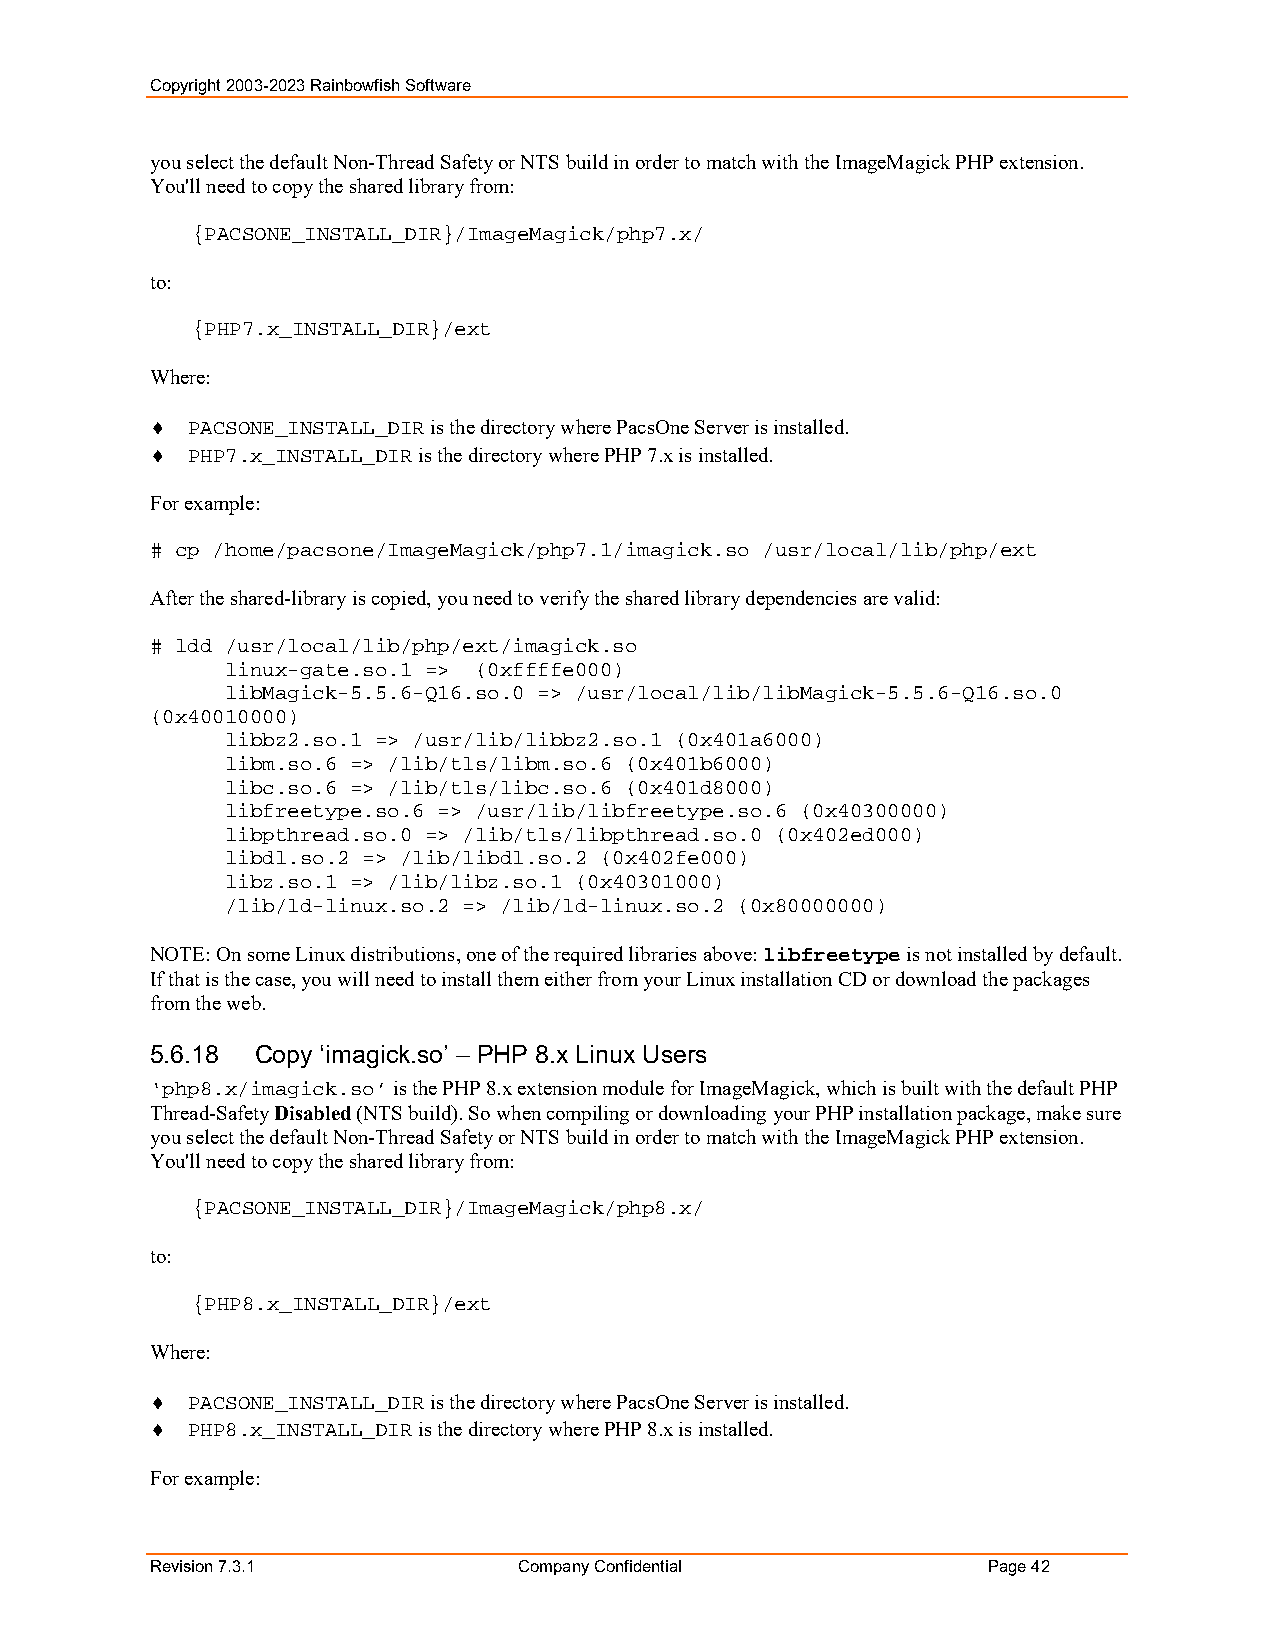
Copyright 2003-2023 Rainbowfish Software
 you select the default Non-Thread Safety or NTS build in order to match with the ImageMagick PHP extension.
 You'll need to copy the shared library from:
 {PACSONE_INSTALL_DIR}/ImageMagick/php7.x/
 to:
 {PHP7.x_INSTALL_DIR}/ext
 Where:
  PACSONE_INSTALL_DIR is the directory where PacsOne Server is installed.
  PHP7.x_INSTALL_DIR is the directory where PHP 7.x is installed.
 For example:
 # cp /home/pacsone/ImageMagick/php7.1/imagick.so /usr/local/lib/php/ext
 After the shared-library is copied, you need to verify the shared library dependencies are valid:
 # ldd /usr/local/lib/php/ext/imagick.so
 linux-gate.so.1 => (0xffffe000)
 libMagick-5.5.6-Q16.so.0 => /usr/local/lib/libMagick-5.5.6-Q16.so.0
 (0x40010000)
 libbz2.so.1 => /usr/lib/libbz2.so.1 (0x401a6000)
 libm.so.6 => /lib/tls/libm.so.6 (0x401b6000)
 libc.so.6 => /lib/tls/libc.so.6 (0x401d8000)
 libfreetype.so.6 => /usr/lib/libfreetype.so.6 (0x40300000)
 libpthread.so.0 => /lib/tls/libpthread.so.0 (0x402ed000)
 libdl.so.2 => /lib/libdl.so.2 (0x402fe000)
 libz.so.1 => /lib/libz.so.1 (0x40301000)
 /lib/ld-linux.so.2 => /lib/ld-linux.so.2 (0x80000000)
 NOTE: On some Linux distributions, one of the required libraries above: libfreetype is not installed by default.
 If that is the case, you will need to install them either from your Linux installation CD or download the packages
 from the web.
 5.6.18 Copy ‘imagick.so’ – PHP 8.x Linux Users
 ‘php8.x/imagick.so’ is the PHP 8.x extension module for ImageMagick, which is built with the default PHP
 Thread-Safety Disabled (NTS build). So when compiling or downloading your PHP installation package, make sure
 you select the default Non-Thread Safety or NTS build in order to match with the ImageMagick PHP extension.
 You'll need to copy the shared library from:
 {PACSONE_INSTALL_DIR}/ImageMagick/php8.x/
 to:
 {PHP8.x_INSTALL_DIR}/ext
 Where:
  PACSONE_INSTALL_DIR is the directory where PacsOne Server is installed.
  PHP8.x_INSTALL_DIR is the directory where PHP 8.x is installed.
 For example:
 Revision 7.3.1          Company Confidential           Page 42